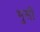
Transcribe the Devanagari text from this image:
भुसी